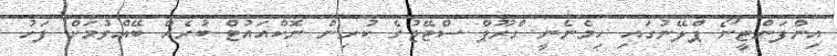
އިންފަންޓީނޯ ޕްލޭނުގައި ހިމެނެނީ ގްރޫޕް ސްޓޭޖުގެ ކުރިން ނޮކްއައުޓް ބުރެއް ބޭއްވުމަށް ފަހު